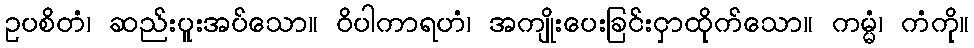
ဥပစိတံ၊ ဆည်းပူးအပ်သော။ ဝိပါကာရဟံ၊ အကျိုးပေးခြင်းငှာထိုက်သော။ ကမ္မံ၊ ကံကို။